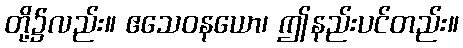
တို့၌လည်း။ ဧသေဝနယော၊ ဤနည်းပင်တည်း။